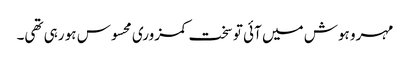
مہرو ہوش میں آئی تو سخت کمزوری محسوس ہو رہی تھی۔